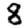
Digit: 8